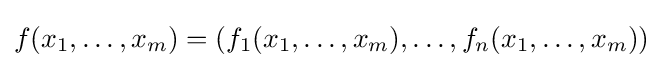
f(x_{1},\dots ,x_{m})=(f_{1}(x_{1},\dots ,x_{m}),\dots ,f_{n}(x_{1},\dots ,x_{m}))